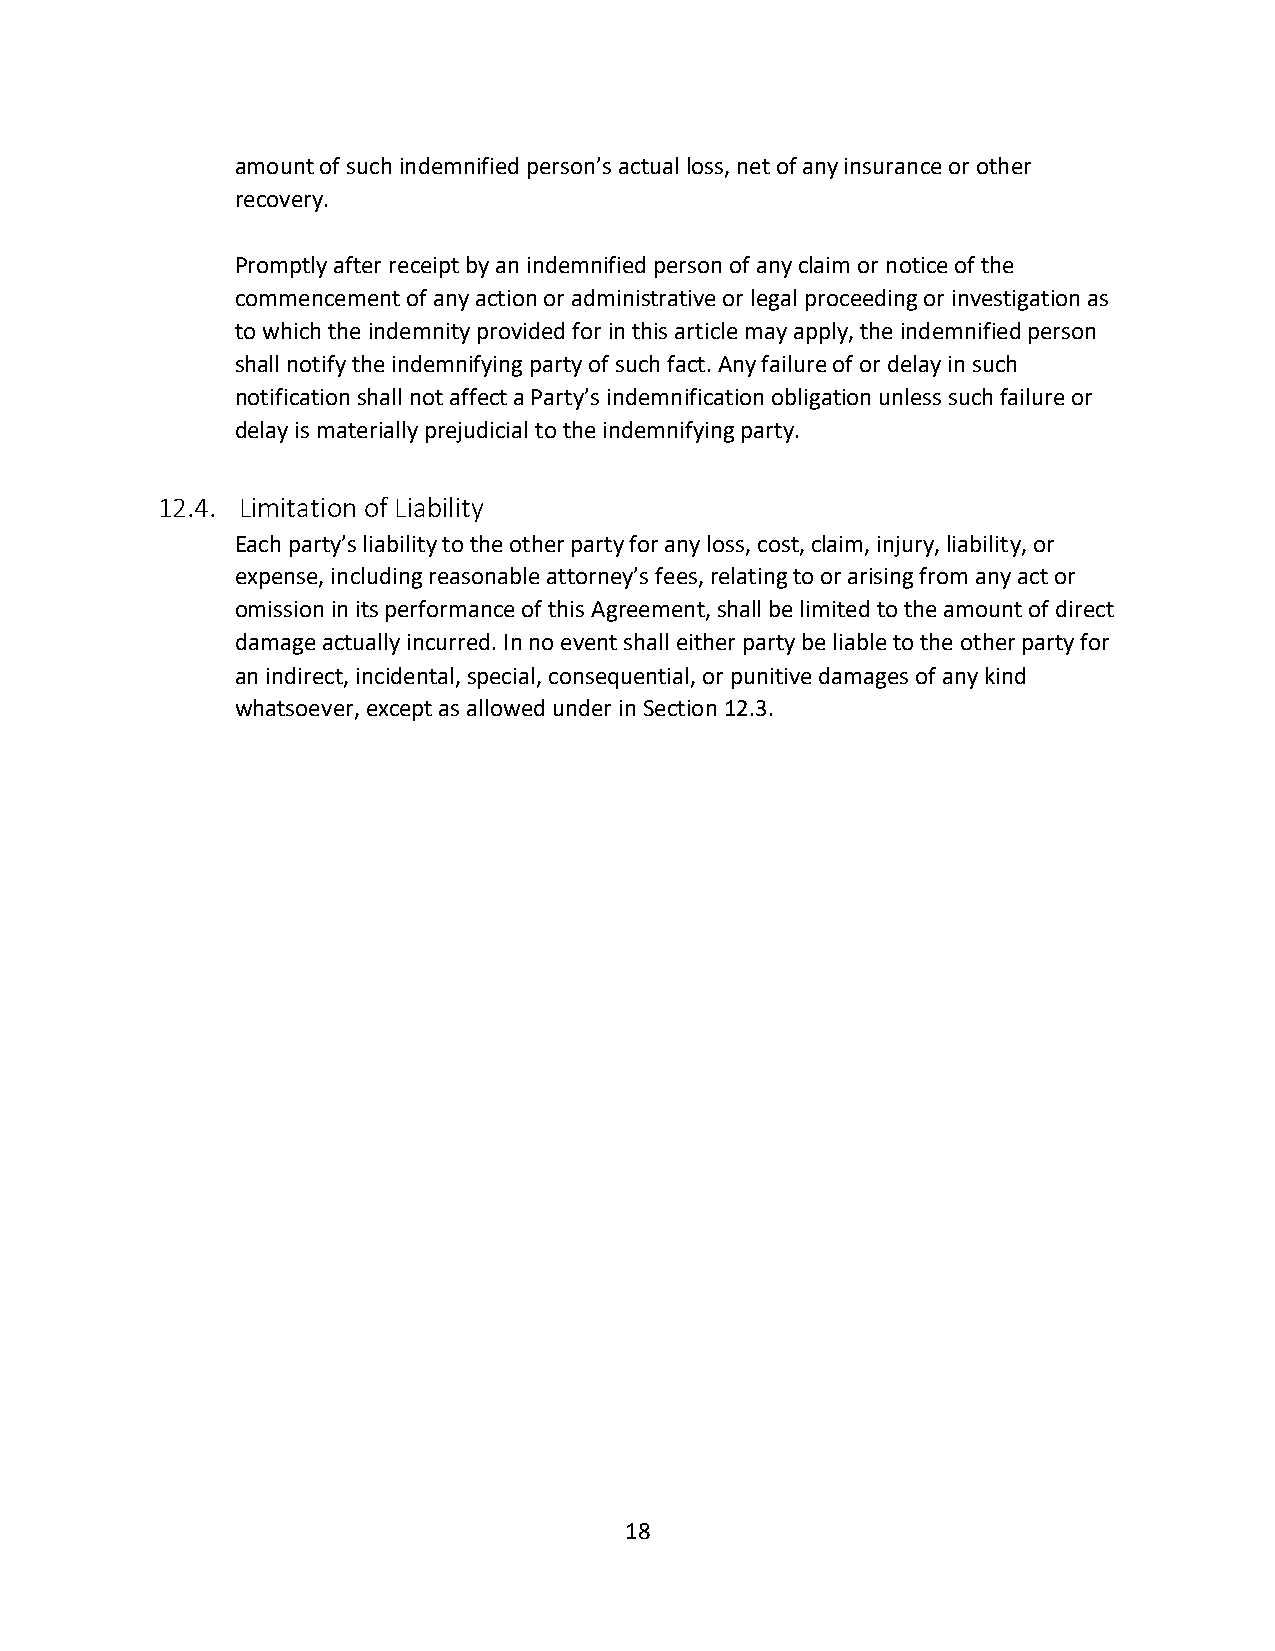
amount of such indemnified person’s actual loss, net of any insurance or other
 recovery.
 Promptly after receipt by an indemnified person of any claim or notice of the
 commencement of any action or administrative or legal proceeding or investigation as
 to which the indemnity provided for in this article may apply, the indemnified person
 shall notify the indemnifying party of such fact. Any failure of or delay in such
 notification shall not affect a Party’s indemnification obligation unless such failure or
 delay is materially prejudicial to the indemnifying party.
 12.4. Limitation of Liability
 Each party’s liability to the other party for any loss, cost, claim, injury, liability, or
 expense, including reasonable attorney’s fees, relating to or arising from any act or
 omission in its performance of this Agreement, shall be limited to the amount of direct
 damage actually incurred. In no event shall either party be liable to the other party for
 an indirect, incidental, special, consequential, or punitive damages of any kind
 whatsoever, except as allowed under in Section 12.3.
 18